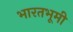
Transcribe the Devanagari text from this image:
भारतभूमी